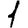
Digit: 1